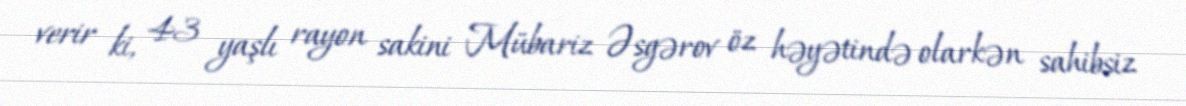
verir ki, 43 yaşlı rayon sakini Mübariz Əsgərov öz həyətində olarkən sahibsiz